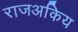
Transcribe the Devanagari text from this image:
राजअकिय